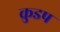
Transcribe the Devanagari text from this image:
क्रुडप